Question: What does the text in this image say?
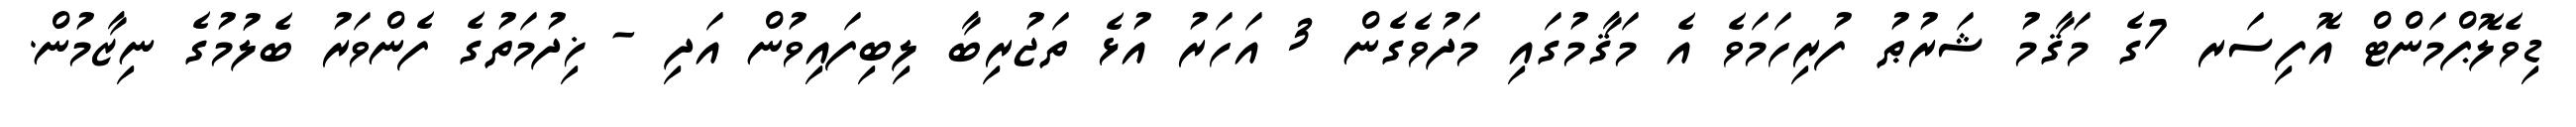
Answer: ޑިވެލޮޕްމަންޓް އޮފިސަރ 7ގެ މަޤާމު ޝަރުޠު ފުރިހަމަވެ އެ މަޤާމުގައި މަދުވެގެން 3 އަހަރު އުޅެ ތަޖުރިބާ ލިބިފައިވުން އަދި - ޚިދުމަތުގެ ފެންވަރު ބެލުމުގެ ނިޒާމުން.